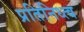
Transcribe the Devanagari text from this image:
प्रतिनिध्त्व